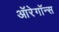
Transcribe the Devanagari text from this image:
ऑरेगॉन्स